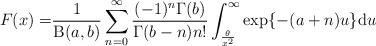
LaTeX: \begin{align*}F(x)=&\frac{1}{\operatorname{B}(a,b)}\sum^{\infty}_{n=0}\frac{(-1)^n\Gamma (b)}{\Gamma(b-n)n!}\int^{\infty}_{\frac{\theta}{x^2}}\exp\{-(a+n)u\}\mathrm{d}u\end{align*}